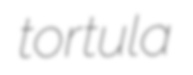
tortula